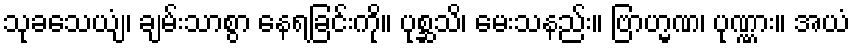
သုခသေယျံ၊ ချမ်းသာစွာ နေရခြင်းကို။ ပုစ္ဆသိ၊ မေးသနည်း။ ဗြာဟ္မဏ၊ ပုဏ္ဏား။ အယံ